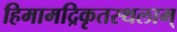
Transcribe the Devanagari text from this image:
हिमामद्रिकृतस्थलाम्